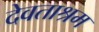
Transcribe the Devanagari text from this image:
देवताश्रम